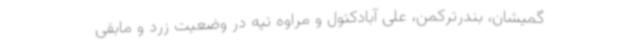
گمیشان، بندرترکمن، علی آبادکتول و مراوه تپه در وضعیت زرد و مابقی